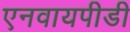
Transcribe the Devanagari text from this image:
एनवायपीडी